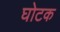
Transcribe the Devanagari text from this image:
घोटक